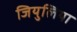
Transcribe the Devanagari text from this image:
जियुलिया